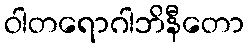
ဝါတရောဂါဘိနီတော